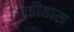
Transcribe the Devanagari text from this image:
एडीडास